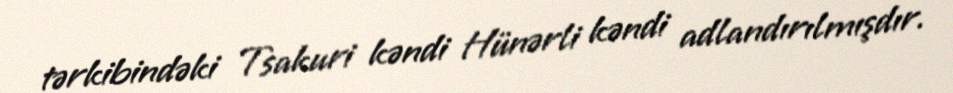
tərkibindəki Tsakuri kəndi Hünərli kəndi adlandırılmışdır.